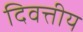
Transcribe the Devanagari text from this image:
दिवत्तीय